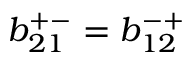
b _ { 2 1 } ^ { + - } = b _ { 1 2 } ^ { - + }